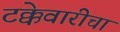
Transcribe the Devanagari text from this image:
टक्केवारीचा